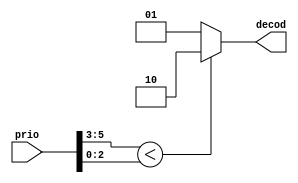

/////////////////////////////////////////////////////////////////////////////
/////////// PRIORITY DECODER FOR PORT 1
/////////////////////////////////////////////////////////////////////////////
// There are 2 masters connected to port 1 :
//	master 0
//	master 1

module ml_ahb_prio_port_1(
   prio,
   decod
   );
   
input [5:0] prio;
output [1:0] decod;

wire [2:0] a0_0;
wire [2:0] a0_1;

wire [1:0] res1_0;

assign a0_0 = prio[2:0];
assign a0_1 = prio[5:3];

assign res1_0 = (a0_1 < a0_0 )?2'b10:2'b01;

assign decod = res1_0;

endmodule